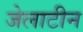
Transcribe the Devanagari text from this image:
जेलाटीन